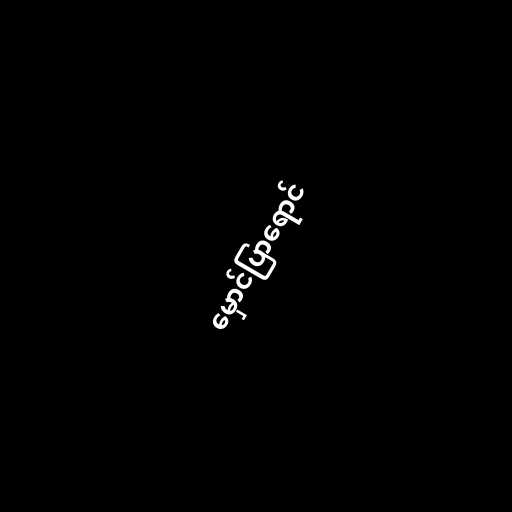
မှောင်ပြာရောင်